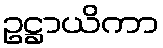
ဥဋ္ဌာယိကာ